65_HS1-834228961_62-HQ-83894_Section_2
Agency: FBI
Page 80
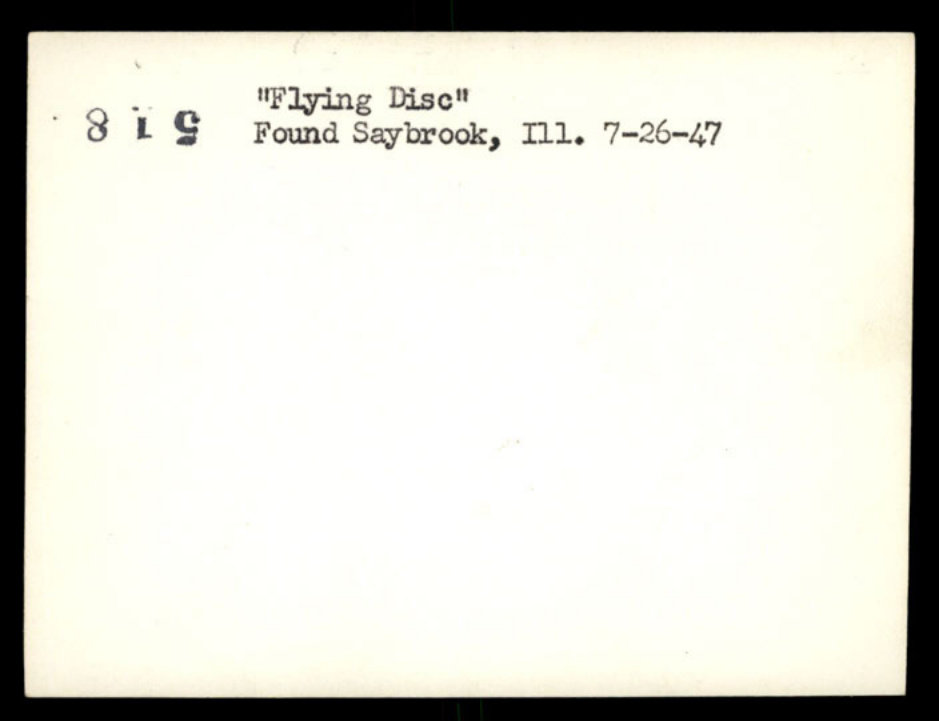